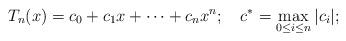
LaTeX: \begin{align*}T_n(x) = c_0 + c_1 x + \dots + c_n x^n; \ \ \ c^* = \max_{0\leq i\leq n}|c_i|;\end{align*}